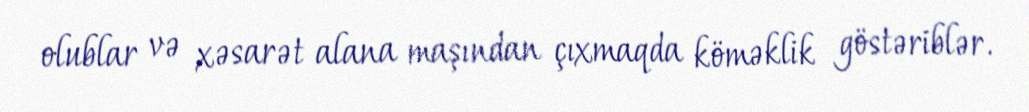
olublar və xəsarət alana maşından çıxmaqda köməklik göstəriblər.